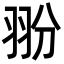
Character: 翂